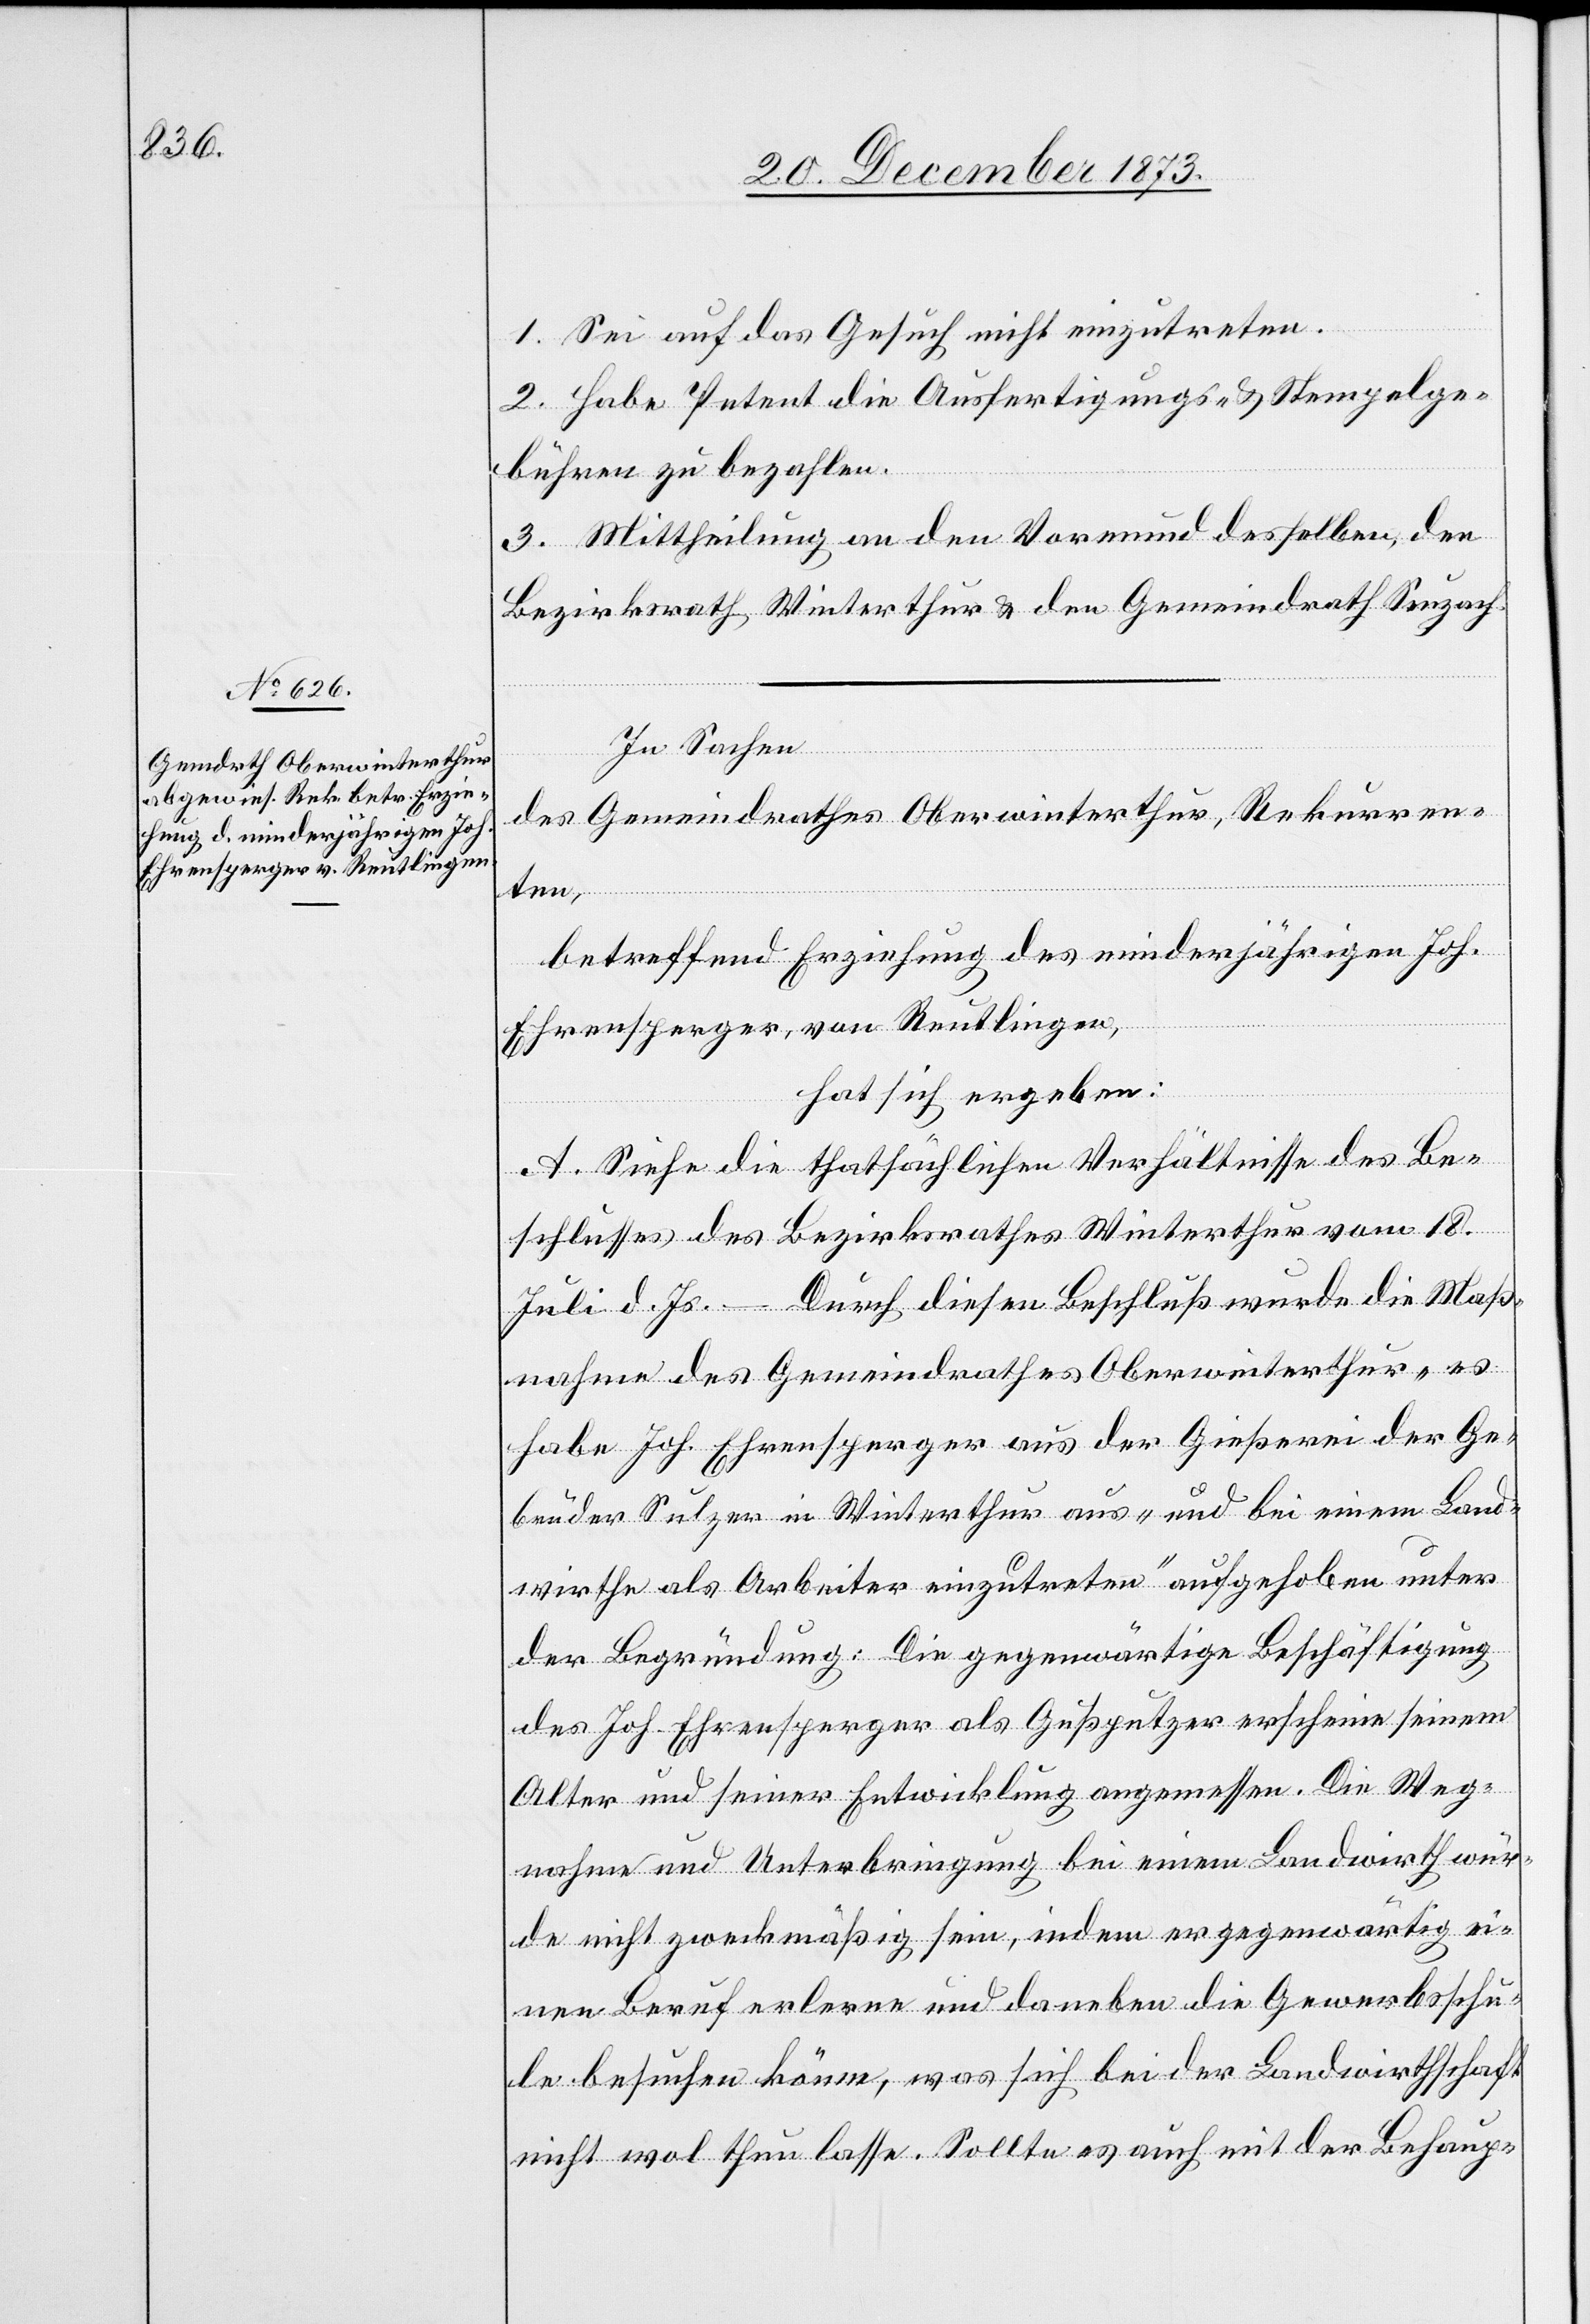
1. Sei auf das Gesuch nicht einzutreten.
2. Habe Petent die Ausfertigungs- & Stempelge¬
bühren zu bezahlen.
3. Mittheilung an den Vormund desselben, den
Bezirksrath Winterthur & den Gemeindrath Seuzach.
In Sachen
des Gemeindrathes Oberwinterthur, Rekurren¬
ten,
betreffend Erziehung des minderjährigen Joh.
Ehrensperger, von Reutlingen,
hat sich ergeben:
A. Siehe die thatsächlichen Verhältnisse des Be¬
schlusses des Bezirksrathes Winterthur vom 18.
Juli d. Js. – Durch diesen Beschluß wurde die Maß¬
nahme des Gemeindrathes Oberwinterthur „es
habe Joh. Ehrensperger aus der Gießerei der Ge¬
brüder Sulzer in Winterthur aus- und bei einem Land¬
wirthe als Arbeiter einzutreten“ aufgehoben unter
der Begründung: Die gegenwärtige Beschäftigung
des Joh. Ehrensperger als Gußputzer erscheine seinem
Alter und seiner Entwicklung angemessen. Die Weg¬
nahme und Unterbringung bei einem Landwirth wür¬
de nicht zweckmäßig sein, indem er gegenwärtig ei¬
nen Beruf erlerne und daneben die Gewerbsschu¬
le besuchen könne, was sich bei der Landwirthschaft
nicht wol thun lasse. Sollte es auch mit der Behaup-